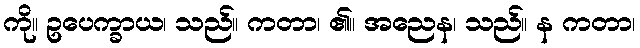
ကို။ ဥပေက္ခာယ၊ သည်။ ကတာ၊ ၏။ အညေန၊ သည်။ န ကတာ၊